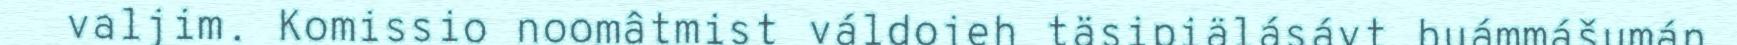
valjim. Komissio noomâtmist váldojeh täsipiälásávt huámmášumán